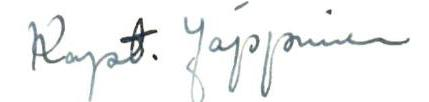
Kapt. Jäppinen